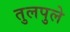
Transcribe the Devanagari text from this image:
तुलपुले